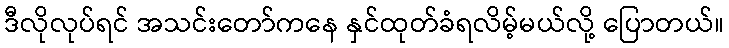
ဒီလိုလုပ်ရင် အသင်းတော်ကနေ နှင်ထုတ်ခံရလိမ့်မယ်လို့ ပြောတယ်။